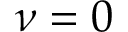
\nu = 0